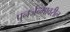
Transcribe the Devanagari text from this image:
पुनर्जन्मावरील